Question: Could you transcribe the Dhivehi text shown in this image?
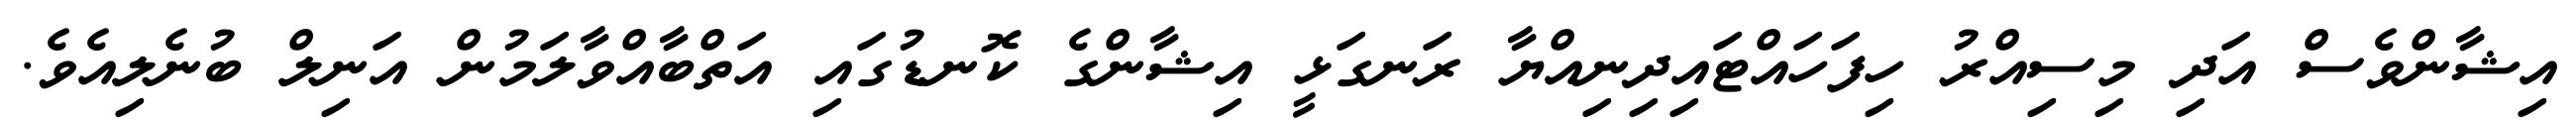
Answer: އިޝާންވެސް އަދި މިސިއްރު ހިފަހައްޓައިދިނިއްޔާ ރަނގަޅީ އިޝާންގެ ކޮނޑުގައި އަތްބާއްވާލަމުން އަނިލް ބުނެލިއެވެ.